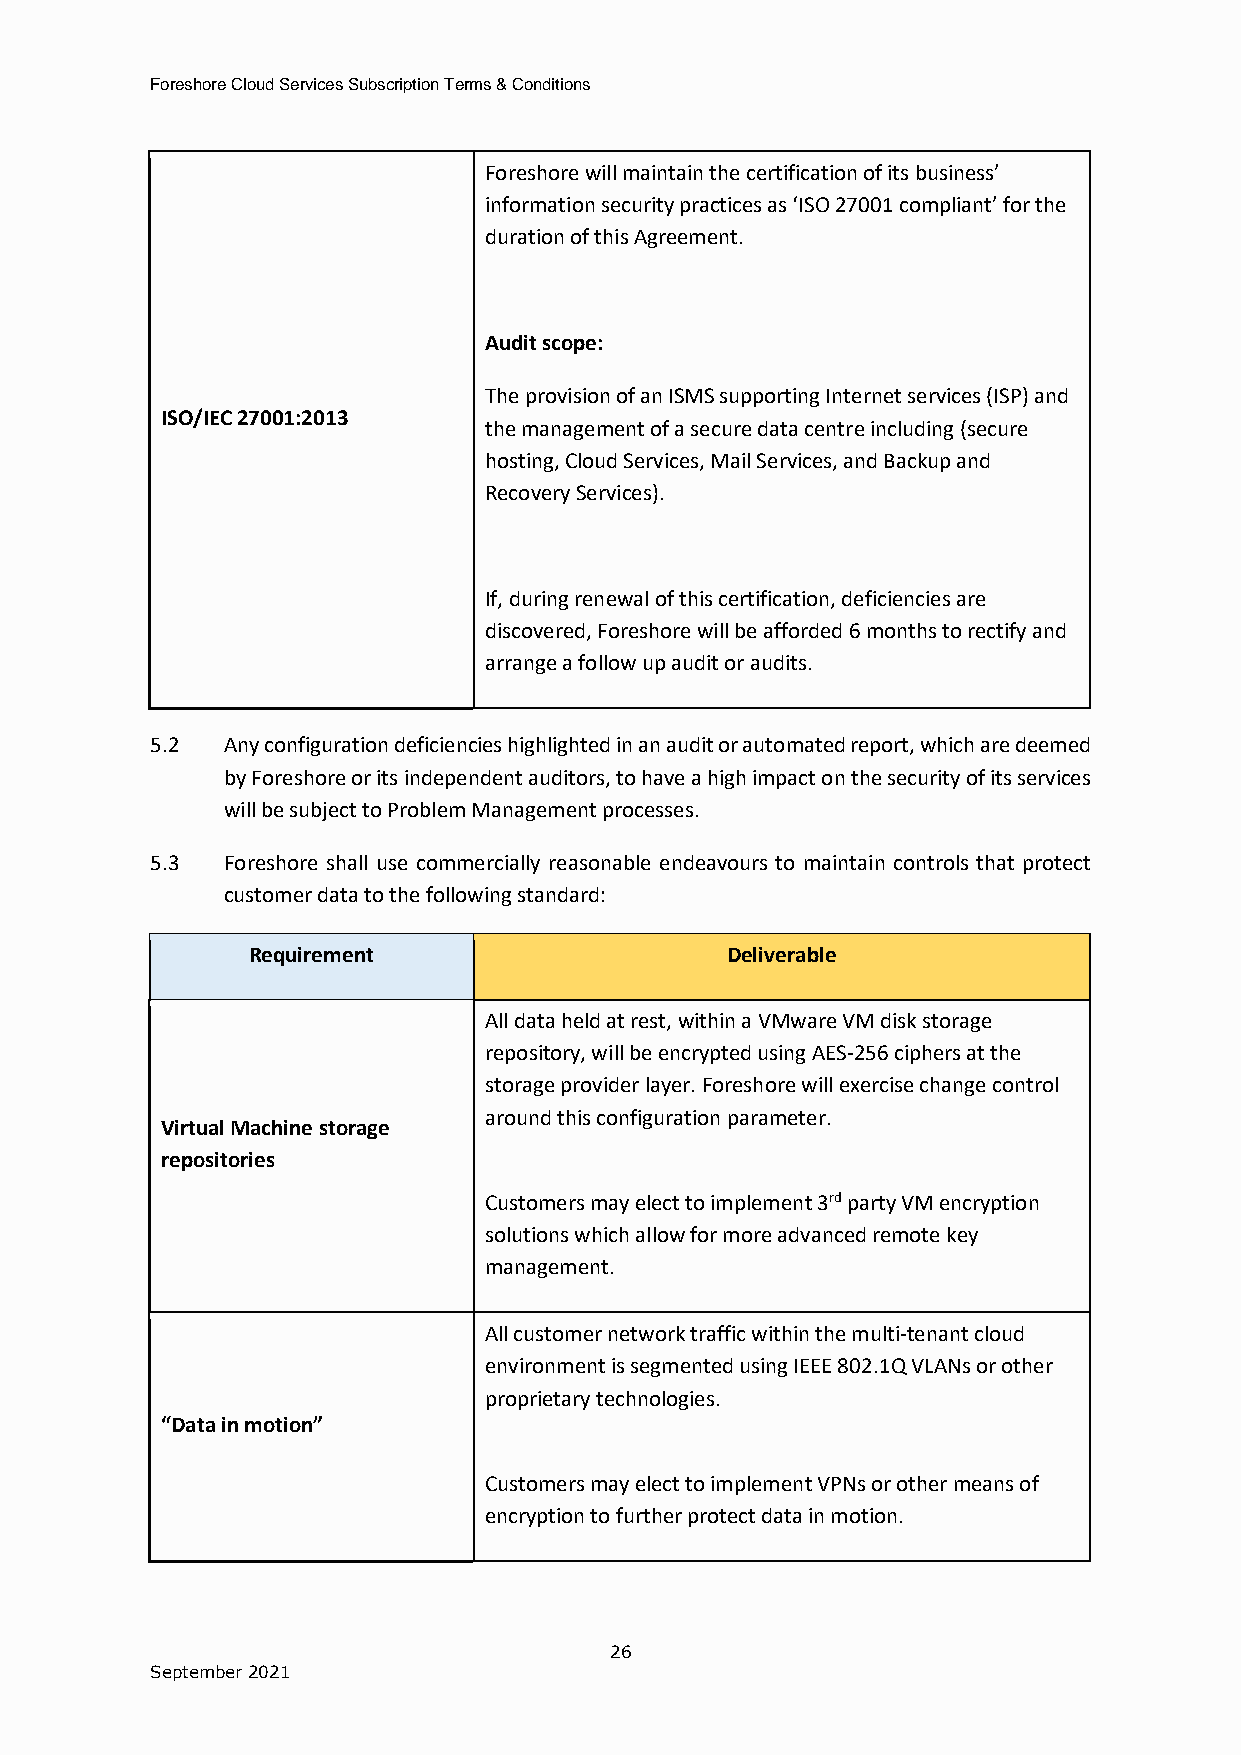
Foreshore Cloud Services Subscription Terms & Conditions
 Foreshore will maintain the certification of its business’
 information security practices as ‘ISO 27001 compliant’ for the
 duration of this Agreement.
 Audit scope:
 The provision of an ISMS supporting Internet services (ISP) and
 ISO/IEC 27001:2013
 the management of a secure data centre including (secure
 hosting, Cloud Services, Mail Services, and Backup and
 Recovery Services).
 If, during renewal of this certification, deficiencies are
 discovered, Foreshore will be afforded 6 months to rectify and
 arrange a follow up audit or audits.
 5.2  Any configuration deficiencies highlighted in an audit or automated report, which are deemed
 by Foreshore or its independent auditors, to have a high impact on the security of its services
 will be subject to Problem Management processes.
 5.3  Foreshore shall use commercially reasonable endeavours to maintain controls that protect
 customer data to the following standard:
 Requirement                     Deliverable
 All data held at rest, within a VMware VM disk storage
 repository, will be encrypted using AES-256 ciphers at the
 storage provider layer. Foreshore will exercise change control
 around this configuration parameter.
 Virtual Machine storage
 repositories
 Customers may elect to implement 3rd party VM encryption
 solutions which allow for more advanced remote key
 management.
 All customer network traffic within the multi-tenant cloud
 environment is segmented using IEEE 802.1Q VLANs or other
 proprietary technologies.
 “Data in motion”
 Customers may elect to implement VPNs or other means of
 encryption to further protect data in motion.
 26
 September 2021